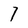
Character: 7